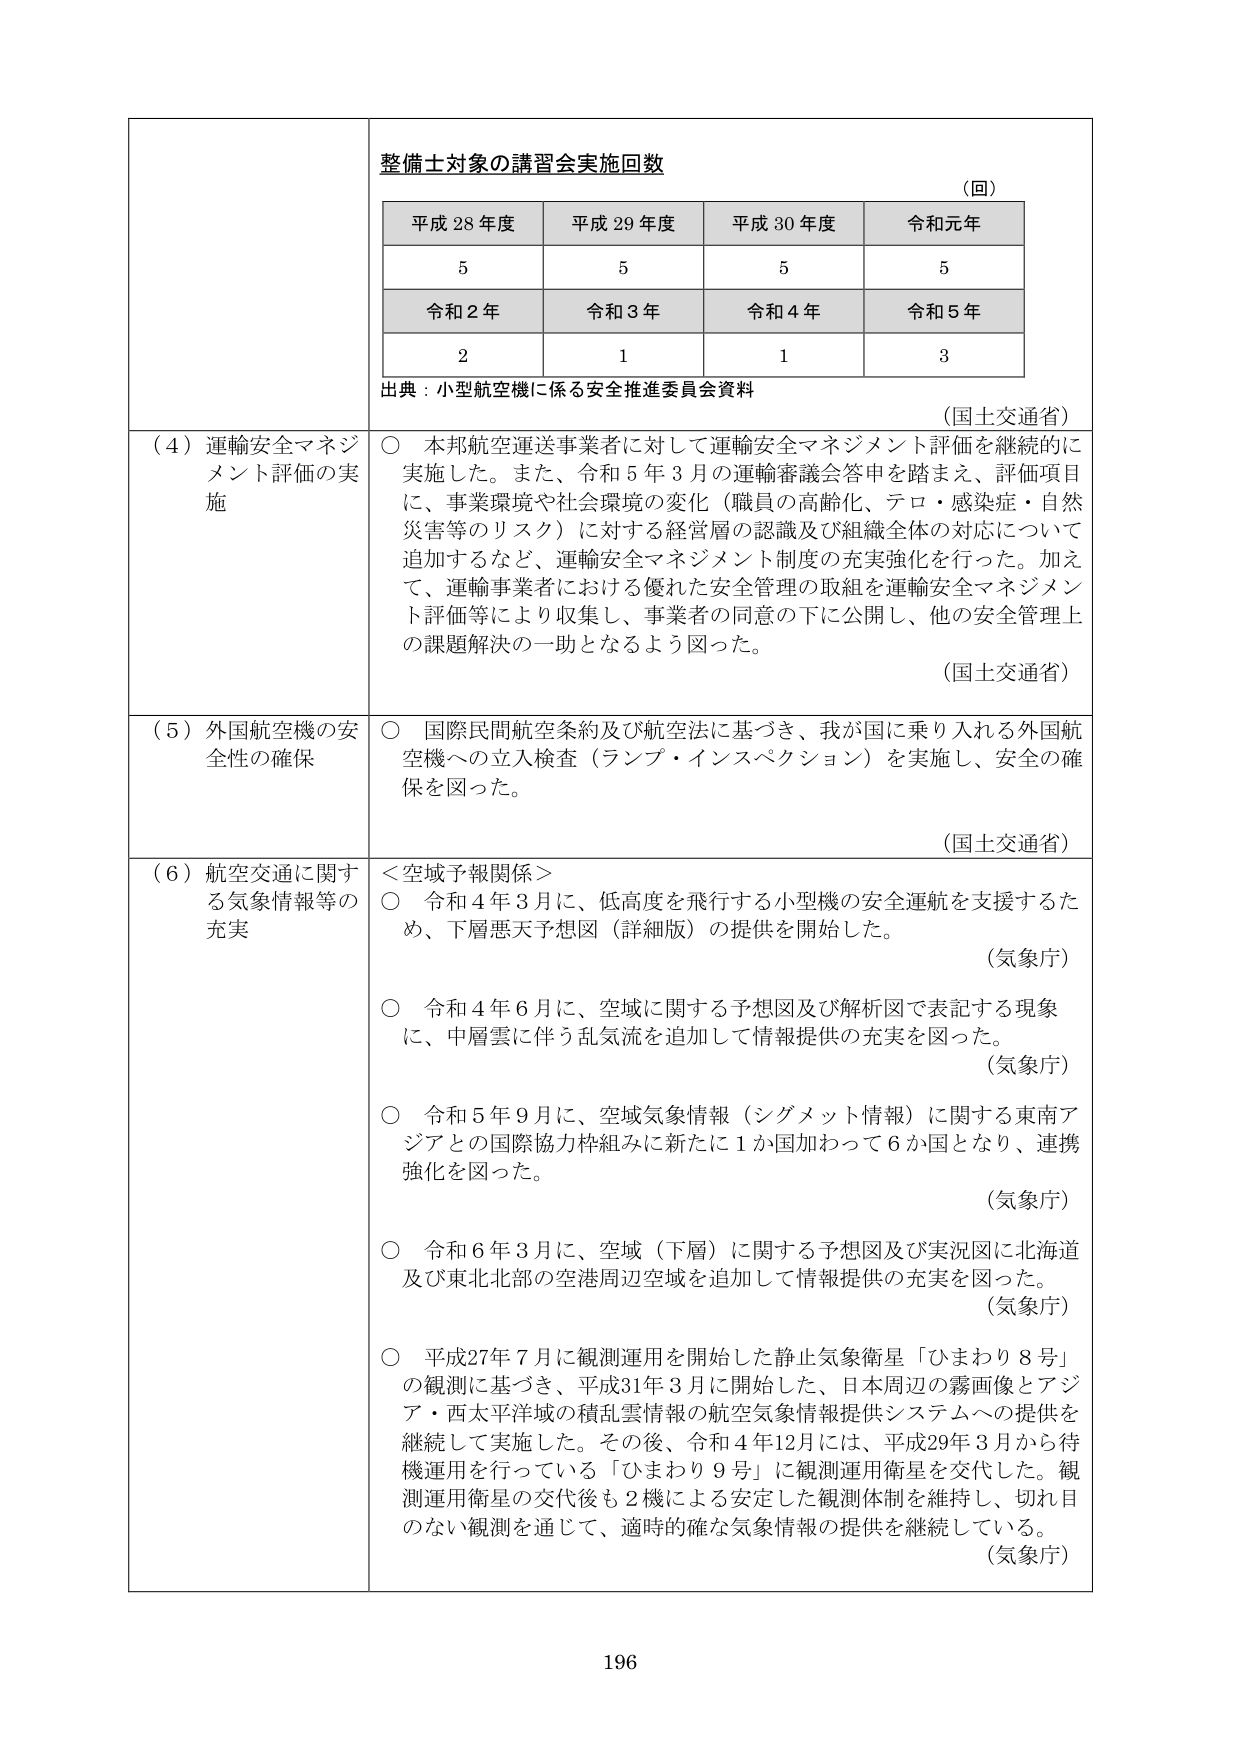
整備士対象の講習会実施回数
（回）
平成28年度 平成29年度 平成30年度 令和元年
5 5 5 5
令和2年 令和3年 令和4年 令和5年
2 1 1 3
出典：小型航空機に係る安全推進委員会資料
（国土交通省）
（4）運輸安全マネジメント評価の実施
○ 本邦航空運送事業者に対して運輸安全マネジメント評価を継続的に実施した。また、令和5年3月の運輸審議会答申を踏まえ、評価項目に、事業環境や社会環境の変化（職員の高齢化、テロ・感染症・自然災害等のリスク）に対する経営層の認識及び組織全体の対応について追加するなど、運輸安全マネジメント制度の充実強化を行った。加えて、運輸事業者における優れた安全管理の取組を運輸安全マネジメント評価等により収集し、事業者の同意の下に公開し、他の安全管理上の課題解決の一助となるよう図った。
（国土交通省）
（5）外国航空機の安全性の確保
○ 国際民間航空条約及び航空法に基づき、我が国に乗り入れる外国航空機への立入検査（ランプ・インスペクション）を実施し、安全の確保を図った。
（国土交通省）
（6）航空交通に関する気象情報等の充実
＜空域予報関係＞
○ 令和4年3月に、低高度を飛行する小型機の安全運航を支援するため、下層悪天予想図（詳細版）の提供を開始した。
（気象庁）
○ 令和4年6月に、空域に関する予想図及び解析図で表記する現象に、中層雲に伴う乱気流を追加して情報提供の充実を図った。
（気象庁）
○ 令和5年9月に、空域気象情報（シグメット情報）に関する東南アジアとの国際協力枠組みに新たに1か国加わって6か国となり、連携強化を図った。
（気象庁）
○ 令和6年3月に、空域（下層）に関する予想図及び実況図に北海道及び東北北部の空港周辺空域を追加して情報提供の充実を図った。
（気象庁）
○ 平成27年7月に観測運用を開始した静止気象衛星「ひまわり8号」の観測に基づき、平成31年3月に開始した、日本周辺の霧画像とアジア・西太平洋域の積乱雲情報の航空気象情報提供システムへの提供を継続して実施した。その後、令和4年12月には、平成29年3月から待機運用を行っている「ひまわり9号」に観測運用衛星を交代した。観測運用衛星の交代後も2機による安定した観測体制を維持し、切れ目のない観測を通じて、適時的確な気象情報の提供を継続している。
（気象庁）
196